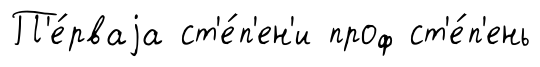
П'е́рваjа ст'е́п'ен'и проф ст'е́п'ень